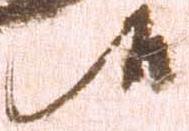
候